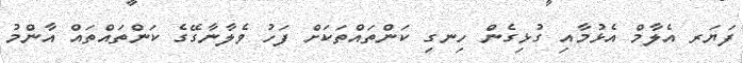
ފަޔަރ އެލާމް އެޅުމާއި ގުޅިގެން ހިނގި ކަންތައްތަކަށް ފަހު ވެލާނާގޭގެ ކަންތައްތައް އާންމު